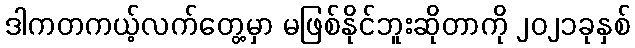
ဒါကတကယ့်လက်တွေ့မှာ မဖြစ်နိုင်ဘူးဆိုတာကို ၂၀၂၁ခုနှစ်